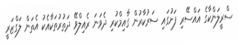
ސްރީލަންކާގެ އައްސޭރި ފަށުގައި ސަރުކާރުން ގާއިމްކުރި ދެވަނަ ރެއިލްވޭ ދަތުރުތަކާއެކު އެތަން ލަގްޒަރީ